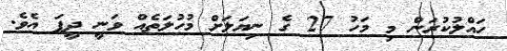
ހައްލުކުރަން މި މަހު 27 ގެ ނިޔަލަށް މުހުލަތެއް ވަނީ ދީފަ އެވެ.